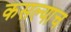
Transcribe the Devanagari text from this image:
कसल्याच